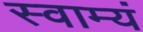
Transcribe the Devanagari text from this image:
स्वाम्यं